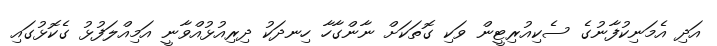
އަދި އެމަނިކުފާނުގެ ސެކިއުރިޓީން ވަކި ގޮތަކަށް ނާންގާހާ ހިނދަކު ދިރިއުޅުއްވާނީ އަމިއްލަފުޅު ގެކޮޅުގައި